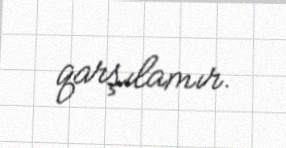
qarşılamır.